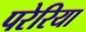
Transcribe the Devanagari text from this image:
परेरिया